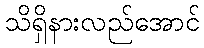
သိရှိနားလည်အောင်